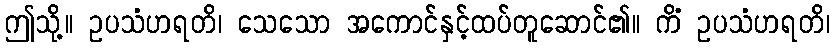
ဤသို့။ ဥပသံဟရတိ၊ သေသော အကောင်နှင့်ထပ်တူဆောင်၏။ ကိံ ဥပသံဟရတိ၊